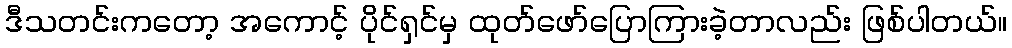
ဒီသတင်းကတော့ အကောင့် ပိုင်ရှင်မှ ထုတ်ဖော်ပြောကြားခဲ့တာလည်း ဖြစ်ပါတယ်။